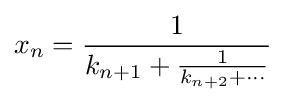
x_{n}={\frac {1}{k_{n+1}+{\frac {1}{k_{n+2}+\cdots }}}}